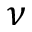
\nu